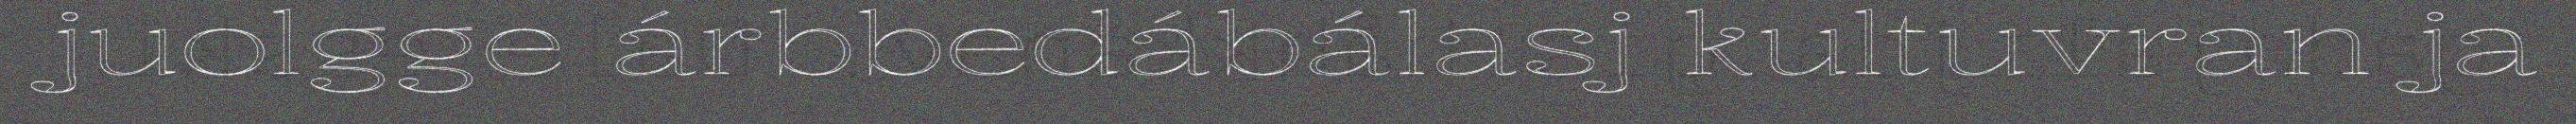
juolgge árbbedábálasj kultuvran ja